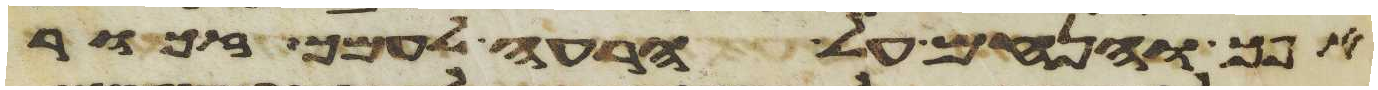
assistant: אפך והנחם על הרעה לעמך זכור